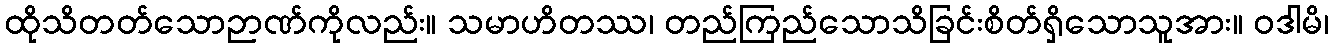
ထိုသိတတ်သောဉာဏ်ကိုလည်း။ သမာဟိတဿ၊ တည်ကြည်သောသိခြင်းစိတ်ရှိသောသူအား။ ဝဒါမိ၊